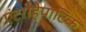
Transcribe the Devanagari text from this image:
एंटरोहेपाटिक